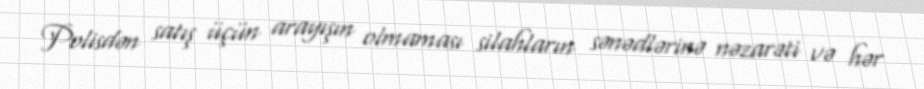
Polisdən satış üçün arayışın olmaması silahların sənədlərinə nəzarəti və hər